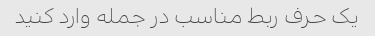
یک حرف ربط مناسب در جمله وارد کنید